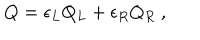
Q = \epsilon _ { L } Q _ { L } + \epsilon _ { R } Q _ { R } \ ,